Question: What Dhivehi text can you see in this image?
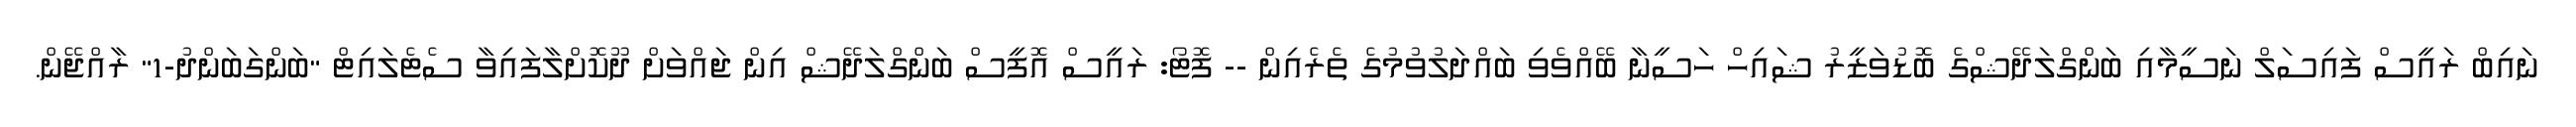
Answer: ނައިބް ރައީސް ފައިސަލް ނަސީމާއި ބަންގްލަދޭޝްގެ ބޮޑުވަޒީރު ޝައިހް ހަސީނާ ބޭއްވެވި ބައްދަލުވުމުގެ ތެރެއިން -- ފޮޓޯ: ރައީސް އޮފީސް ބަންގްލަދޭޝް އިން ޖައްވަށް ދޫކޮށްލާފައިވާ ސެޓެލައިޓް "ބަންގަބަންދު-1" ރާއްޖޭން.